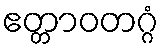
ဧတ္တာဝတဂ္ဂံ